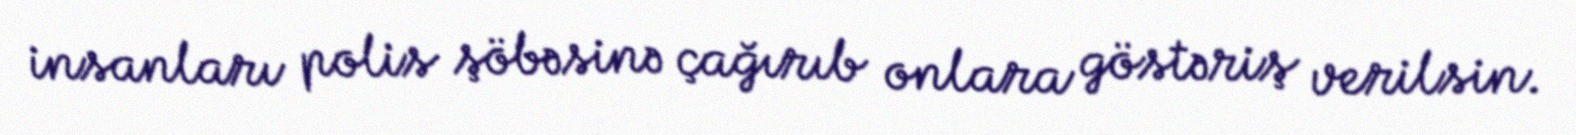
insanları polis şöbəsinə çağırıb onlara göstəriş verilsin.